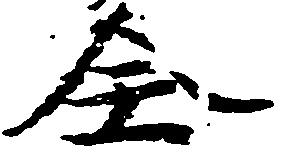
全